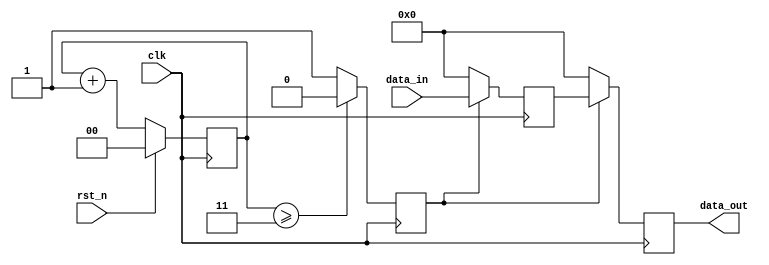
module reset_condition (
    input wire clk,          // Clock signal
    input wire rst_n,       // Active-low reset signal (reset when low)
    input wire [7:0] data_in, // Example input signal
    output reg [7:0] data_out // Example output signal
);

// Internal state variable
reg [7:0] internal_state;

// Debounce parameters
parameter DEBOUNCE_TIME = 3; // Number of clock cycles for debouncing
reg [1:0] debounce_counter; // Counter for debouncing
reg rst_debounced; // Debounced reset signal

// Debouncing logic
always @(posedge clk) begin
    if (!rst_n) begin
        debounce_counter <= debounce_counter + 1;
    end else begin
        debounce_counter <= 0;
    end

    if (debounce_counter >= DEBOUNCE_TIME) begin
        rst_debounced <= 1'b0; // Reset is asserted
    end else begin
        rst_debounced <= 1'b1; // Reset is deasserted
    end
end

// Synchronous reset logic
always @(posedge clk) begin
    if (!rst_debounced) begin
        // Reset condition: initialize internal state
        internal_state <= 8'b0; // Set to zero or any predefined state
        data_out <= 8'b0; // Initialize output
    end else begin
        // Normal operation: update internal state based on input
        internal_state <= data_in; // Example operation
        data_out <= internal_state; // Example output assignment
    end
end

endmodule